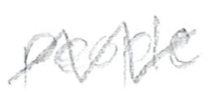
Text: people
Cross-out: zig-zag
Writing tool: pencil